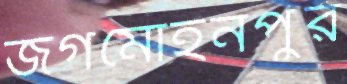
জগমোহনপুর